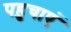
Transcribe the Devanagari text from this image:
पहुचाएं